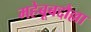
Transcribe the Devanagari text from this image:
महेबूबद्दौल्ला